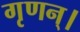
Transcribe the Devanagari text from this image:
गृणन्।